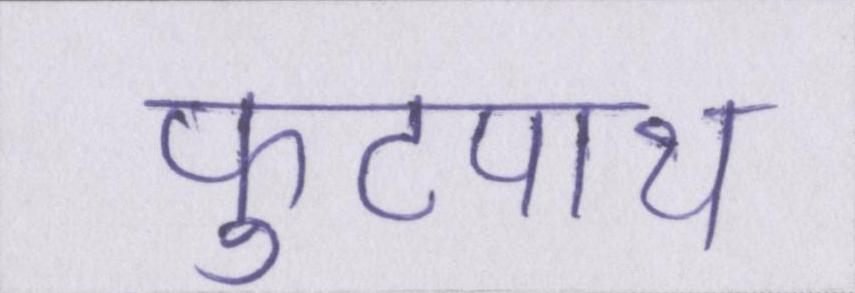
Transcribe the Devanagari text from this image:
फुटपाथ